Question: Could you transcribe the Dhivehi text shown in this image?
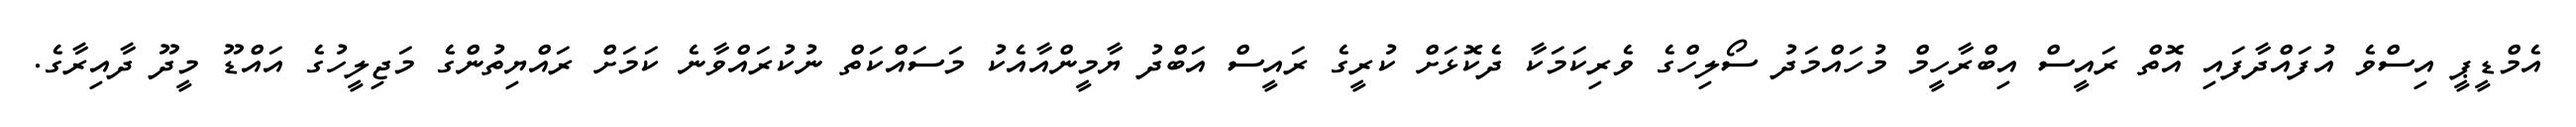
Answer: އެމްޑީޕީ އިސްވެ އުފައްދާފައި އޮތް ރައީސް އިބްރާހީމް މުހައްމަދު ސޯލިހްގެ ވެރިކަމަކާ ދެކޮޅަށް ކުރީގެ ރައީސް އަބްދު ޔާމީންއާއެކު މަސައްކަތް ނުކުރައްވާނެ ކަމަށް ރައްޔިތުންގެ މަޖިލީހުގެ އައްޑޫ މީދޫ ދާއިރާގެ.